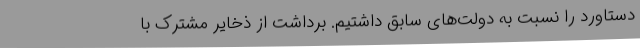
دستاورد را نسبت به دولت‌های سابق داشتیم. برداشت از ذخایر مشترک با